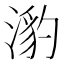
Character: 𭱯